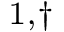
^ { 1 , \dag }